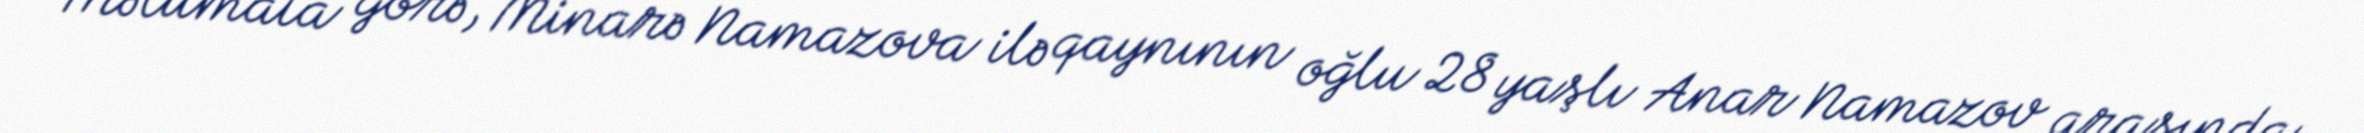
Məlumata görə, Minarə Namazova ilə qaynının oğlu 28 yaşlı Anar Namazov arasında